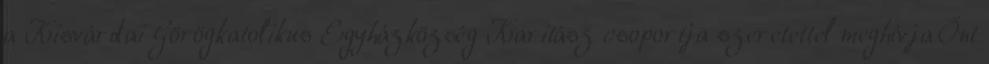
a Kisvárdai Görögkatolikus Egyházközség Karitász csoportja szeretettel meghívja Önt